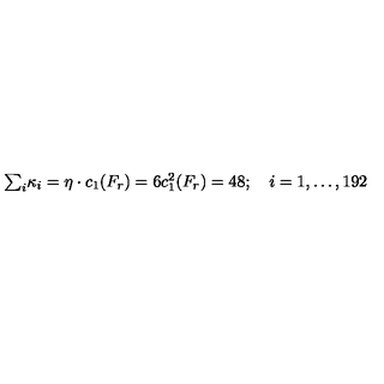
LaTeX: \textstyle { \sum _ { i } } \kappa _ { i } = \eta \cdot c _ { 1 } ( F _ { r } ) = 6 c _ { 1 } ^ { 2 } ( F _ { r } ) = 4 8 ; \quad i = 1 , \ldots , 1 9 2